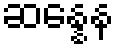
ဆန္နေန